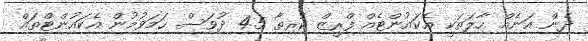
ދެން އަނެއް ހާލަތަކީ އެކައުންޓެއް ފްރީޒް ކުރިތާ 45 ދުވަސް ހަމަވުމުން އެކައުންޓްތައް